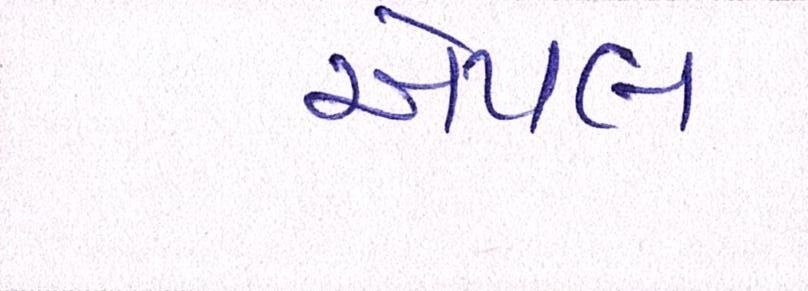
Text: એપલ